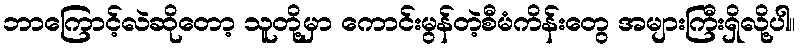
ဘာကြောင့်လဲဆိုတော့ သူတို့မှာ ကောင်းမွန်တဲ့စီမံကိန်းတွေ အများကြီးရှိလို့ပါ။